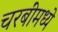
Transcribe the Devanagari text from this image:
चरबींमध्ये